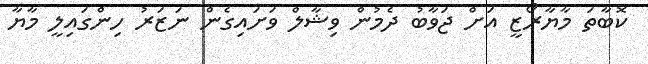
ކޮބާތަ މާޔާރޯޒީ އަށް ޖަވާބު ދެމުން ވިޝާލް ވަށައިގެން ނަޒަރު ހިންގައިލީ މާޔާ